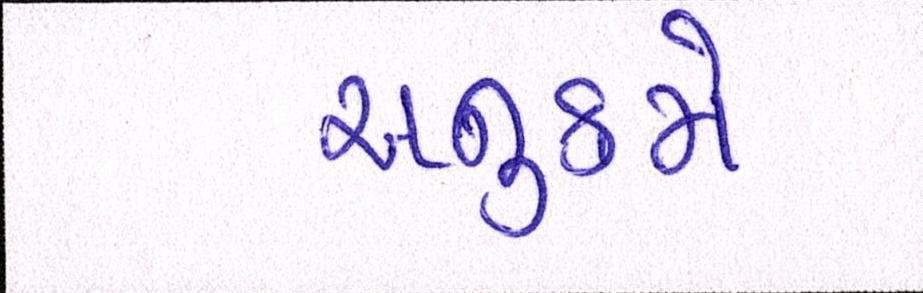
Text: અનુક્રમે